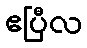
ဧပြီလ